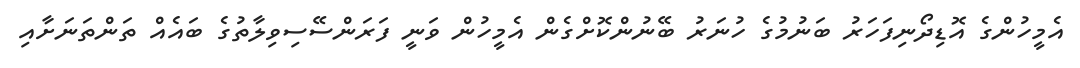
އެމީހުންގެ އޮޑިދޯނިފަހަރު ބަނުމުގެ ހުނަރު ބޭނުންކޮށްގެން އެމީހުން ވަނީ ފަރަންސޭސިވިލާތުގެ ބައެއް ތަންތަނަށާއި